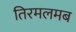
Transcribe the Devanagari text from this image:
तिरमलमब